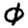
Digit: 0